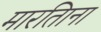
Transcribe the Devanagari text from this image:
मारतिाना